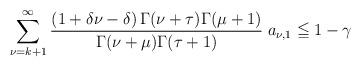
LaTeX: \begin{align*}\sum_{\nu =k+1 }^{ \infty} \dfrac{(1+\delta \nu - \delta) \,\Gamma(\nu+\tau)\Gamma{(\mu+1)}}{\Gamma(\nu+\mu)\Gamma(\tau+1)}\;a_{\nu,1} \leqq 1- \gamma\end{align*}